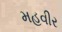
મહવીર